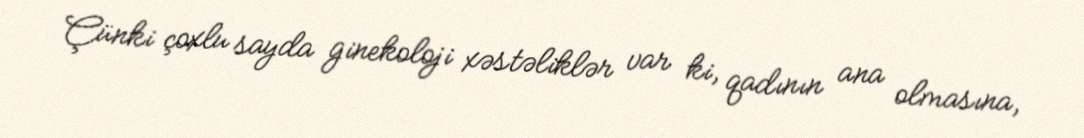
Çünki çoxlu sayda ginekoloji xəstəliklər var ki, qadının ana olmasına,